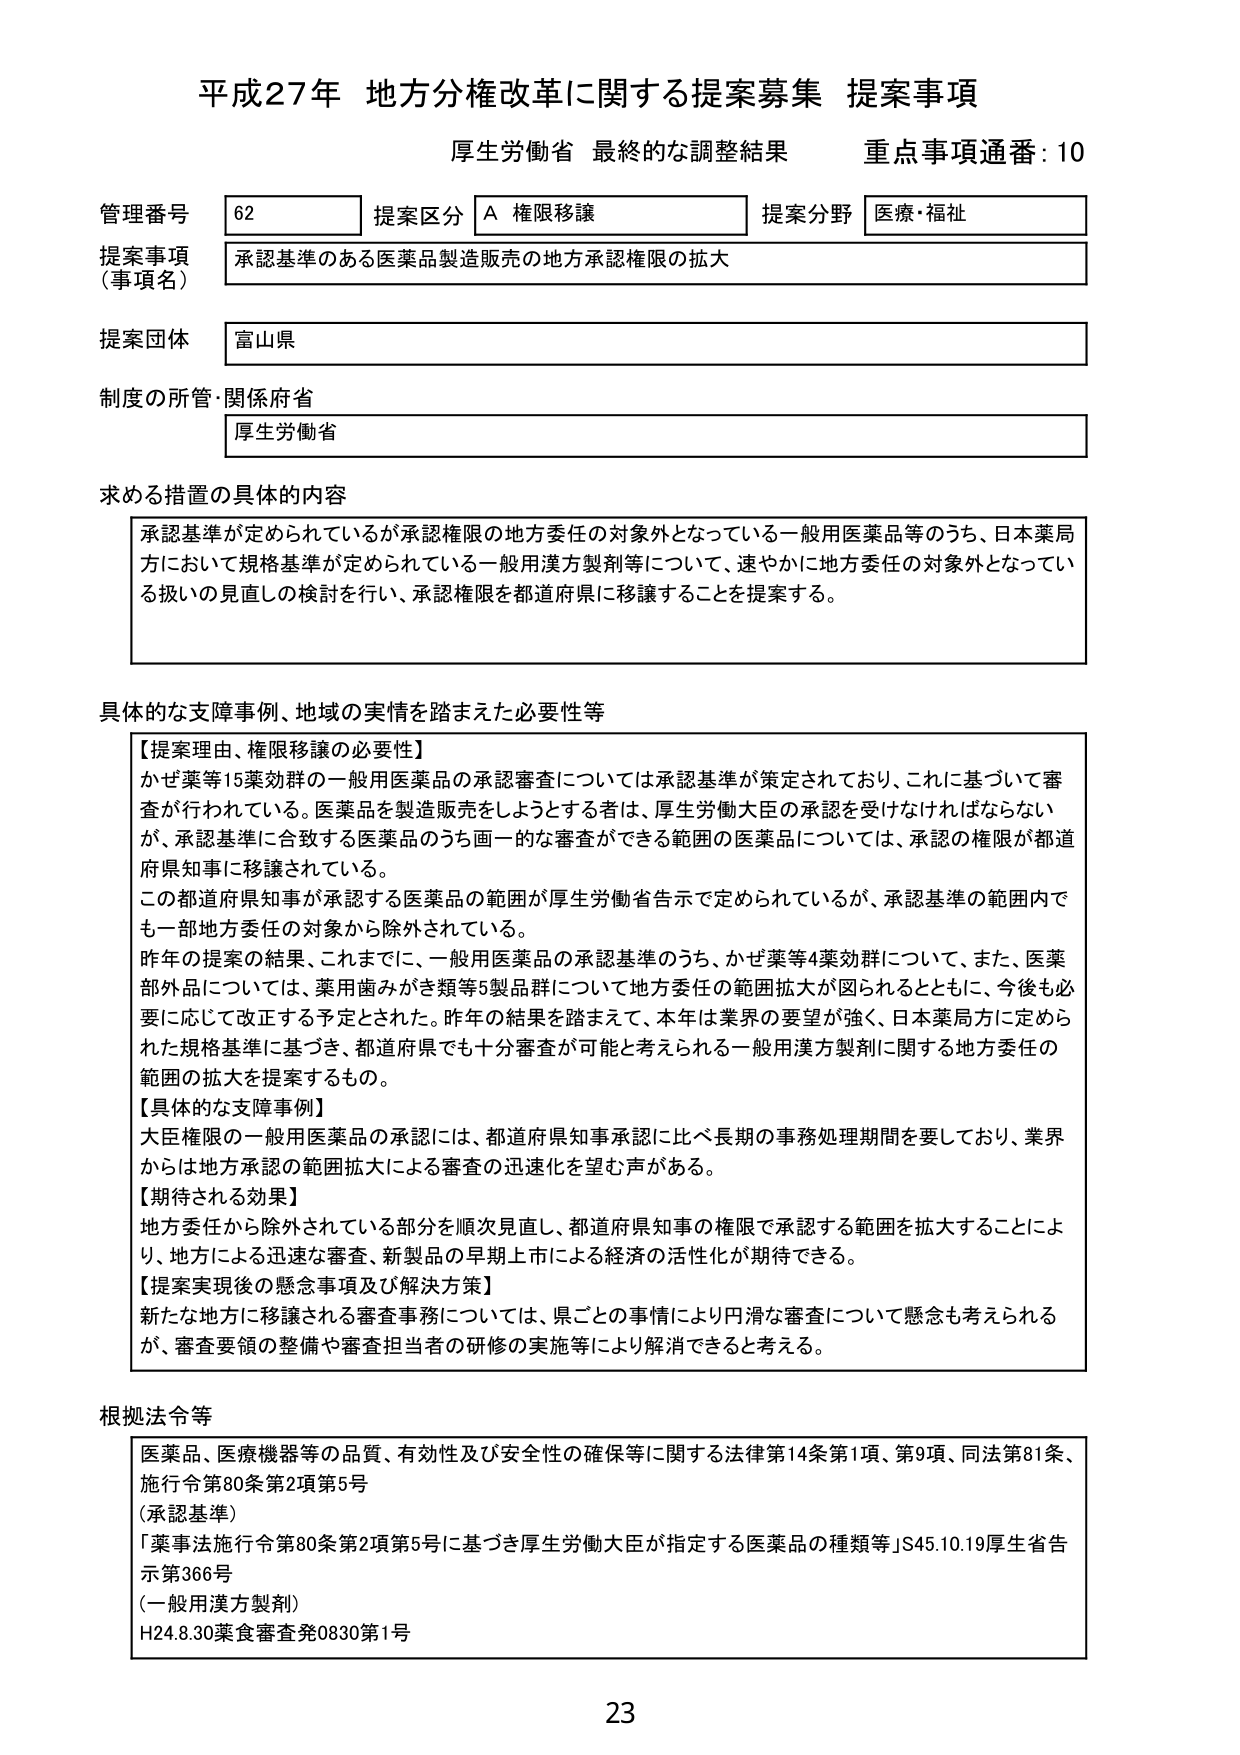
平成27年 地方分権改革に関する提案募集 提案事項
厚生労働省 最終的な調整結果 重点事項通番: 10

管理番号 62 提案区分 A 権限移譲 提案分野 医療・福祉
提案事項（事項名） 承認基準のある医薬品製造販売の地方承認権限の拡大
提案団体 富山県
制度の所管・関係府省 厚生労働省

求める措置の具体的内容
承認基準が定められているが承認権限の地方委任の対象外となっている一般用医薬品等のうち、日本薬局方において規格基準が定められている一般用漢方製剤等について、速やかに地方委任の対象外となっている扱いの見直しの検討を行い、承認権限を都道府県に移譲することを提案する。

具体的な支障事例、地域の実情を踏まえた必要性等
【提案理由、権限移譲の必要性】
かぜ薬等15薬効群の一般用医薬品の承認審査については承認基準が策定されており、これに基づいて審査が行われている。医薬品を製造販売しようとする者は、厚生労働大臣の承認を受けなければならないが、承認基準に合致する医薬品のうち画一的な審査ができる範囲の医薬品については、承認の権限が都道府県知事に移譲されている。
この都道府県知事が承認する医薬品の範囲が厚生労働省告示で定められているが、承認基準の範囲内でも一部地方委任の対象から除外されている。
昨年の提案の結果、これまでに、一般用医薬品の承認基準のうち、かぜ薬等4薬効群について、また、医薬部外品については、薬用歯みがき類等5製品群について地方委任の範囲拡大が図られるとともに、今後も必要に応じて改正を予定された。昨年の結果を踏まえて、本年は業界の要望が強く、日本薬局方に定められた規格基準に基づき、都道府県でも十分審査が可能と考えられる一般用漢方製剤に関する地方委任の範囲の拡大を提案するもの。
【具体的な支障事例】
大臣権限の一般用医薬品の承認には、都道府県知事承認に比べ長期の事務処理期間を要しており、業界からは地方承認の範囲拡大による審査の迅速化を望む声がある。
【期待される効果】
地方委任から除外されている部分を順次見直し、都道府県知事の権限で承認する範囲を拡大することにより、地方による迅速な審査、新製品の早期上市による経済の活性化が期待できる。
【提案実現後の懸念事項及び解決方策】
新たな地方に移譲される審査事務については、県ごとの事情により円滑な審査について懸念も考えられるが、審査要領の整備や審査担当者の研修の実施等により解消できると考える。

根拠法令等
医薬品、医療機器等の品質、有効性及び安全性の確保等に関する法律第14条第1項、第9項、同法第81条、施行令第80条第2項第5号
（承認基準）
「薬事法施行令第80条第2項第5号に基づき厚生労働大臣が指定する医薬品の種類等」S45.10.19厚生省告示第366号
（一般用漢方製剤）
H24.8.30薬食審査発0830第1号

23